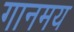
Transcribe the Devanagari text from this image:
गानमय